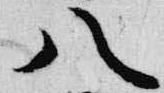
八